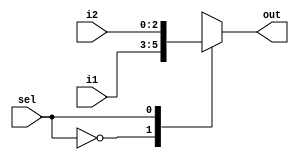

module MUX_3bits( i1, i2, sel, out);
						
	input [2:0] i1, i2;
	input sel;
	output reg [2:0] out;

	always @(*)
	begin
			case(sel)
				0:out = i1;
				1:out = i2;
			endcase
	end
	
	endmodule